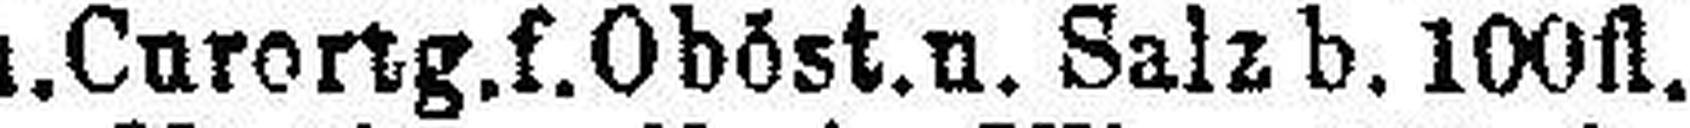
„ u. Curortg.f.Oböst. u. Salz b. 100fl.